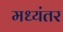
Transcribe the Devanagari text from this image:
मध्‍यंतर